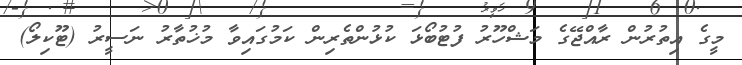
މީގެ އިތުރުން ރާއްޖޭގެ މަޝްހޫރު ފުޓުބޯޅަ ކުޅުންތެރިން ކަމުގައިވާ މުޚުތާރު ނަސީރު (ޓޫކިލޯ)